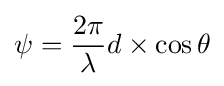
\psi ={\frac {2\pi }{\lambda }}d\times \cos \theta